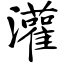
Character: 灌